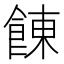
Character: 𩜍